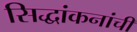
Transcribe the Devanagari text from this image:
सिद्धांकनांची